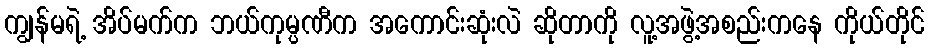
ကျွန်မရဲ့ အိပ်မက်က ဘယ်ကုမ္ပဏီက အကောင်းဆုံးလဲ ဆိုတာကို လူ့အဖွဲ့အစည်းကနေ ကိုယ်တိုင်